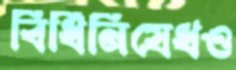
বিধিনিষেধও